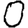
Digit: 0